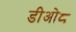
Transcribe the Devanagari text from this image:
डीओ८